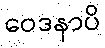
ဝေဒနာပိ